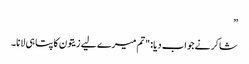
”
شاکر نے جواب دیا: "تم میرے لیے زیتون کا پتا ہی لانا۔